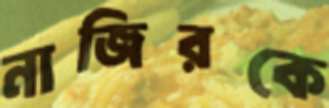
নাজিরকে